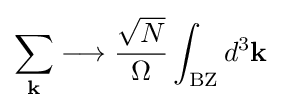
\sum _{\mathbf {k} }\longrightarrow {\frac {\sqrt {N}}{\Omega }}\int _{\text{BZ}}d^{3}\mathbf {k}